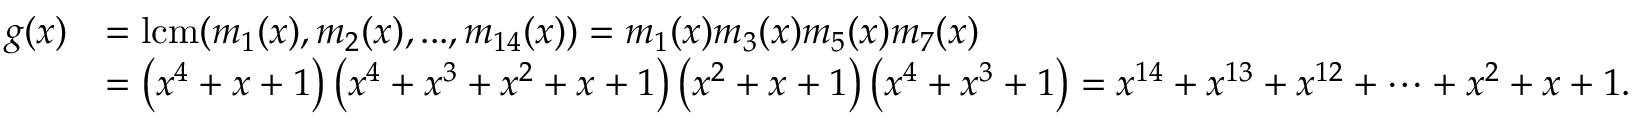
{ \begin{array} { r l } { g ( x ) } & { = \mathrm { { l c m } } ( m _ { 1 } ( x ) , m _ { 2 } ( x ) , . . . , m _ { 1 4 } ( x ) ) = m _ { 1 } ( x ) m _ { 3 } ( x ) m _ { 5 } ( x ) m _ { 7 } ( x ) } \\ & { = \left( x ^ { 4 } + x + 1 \right) \left( x ^ { 4 } + x ^ { 3 } + x ^ { 2 } + x + 1 \right) \left( x ^ { 2 } + x + 1 \right) \left( x ^ { 4 } + x ^ { 3 } + 1 \right) = x ^ { 1 4 } + x ^ { 1 3 } + x ^ { 1 2 } + \cdots + x ^ { 2 } + x + 1 . } \end{array} }